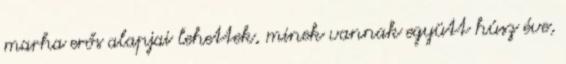
marha erős alapjai lehettek, minek vannak együtt húsz éve,